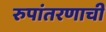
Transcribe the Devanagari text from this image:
रुपांतरणाची